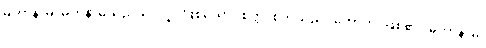
မဟာနာမ၊ မဟနာမ်သည်သာလျှင်ဖြစ်သော။ စိတ္တံ၊ စိတ်သည်။ ဟောတိ၊ ဖြစ်၏။ မဟာနာမ၊